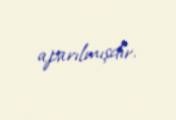
aparılmışdır.